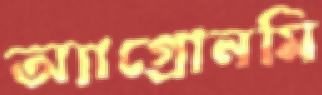
অ্যাগ্রোনমি